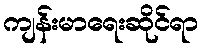
ကျန်းမာရေးဆိုင်ရာ